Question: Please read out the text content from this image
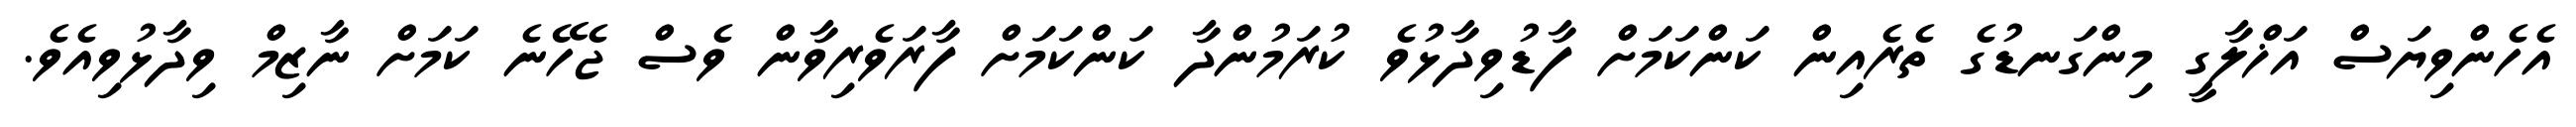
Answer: އެހެންވިޔަސް އަޚްލާގީ މިންގަނޑުގެ ތެރެއިން ކަންކަމަށް ފާޑުވިދާޅުވެ ކުރަމުންދާ ކަންކަމަށް ފާރަވެރިވާން ވެސް ޖެހޭނެ ކަމަށް ނާޒިމް ވިދާޅުވިއެވެ.